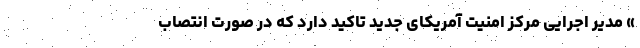
» مدیر اجرایی مرکز امنیت آمریکای جدید تاکید دارد که در صورت انتصاب